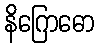
နိဂြောဓော